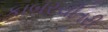
કાબરચીતરી